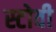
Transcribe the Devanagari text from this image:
स्टोवी